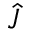
\hat { J }